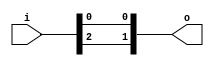
// This program was cloned from: https://github.com/NYU-MLDA/OpenABC
// License: BSD 3-Clause "New" or "Revised" License

module bsg_concentrate_static_5
(
  i,
  o
);

  input [2:0] i;
  output [1:0] o;
  wire [1:0] o;
  assign o[1] = i[2];
  assign o[0] = i[0];

endmodule